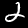
Digit: 2